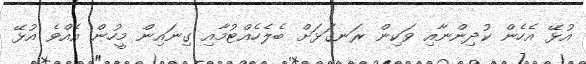
އުޅޭ އެހެން ކުދިންނާއި ވަކިން ރަނގަޅަށް ބެލެހެއްޓުމާއި ގިނައިން މީހުން އެއްވެ އުޅޭ